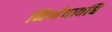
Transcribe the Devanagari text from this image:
निर्णयावधि